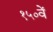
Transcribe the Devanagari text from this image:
१५०वें